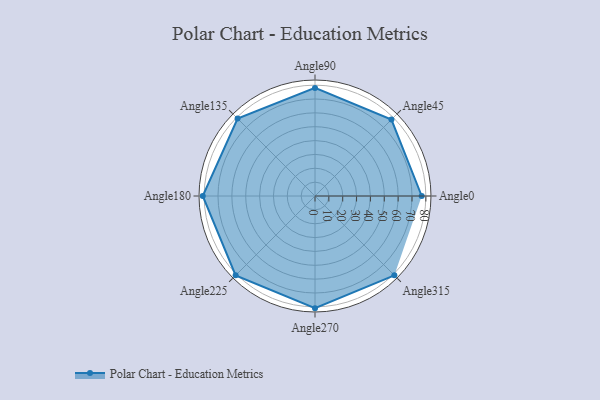
{"axis": {"x": "Angle", "y": "Radius"}, "legend": [""], "data": [{"x": "Angle0", "y": 77.0, "type": ""}, {"x": "Angle45", "y": 78.0, "type": ""}, {"x": "Angle90", "y": 78.0, "type": ""}, {"x": "Angle135", "y": 79.0, "type": ""}, {"x": "Angle180", "y": 81.0, "type": ""}, {"x": "Angle225", "y": 81.0, "type": ""}, {"x": "Angle270", "y": 81.0, "type": ""}, {"x": "Angle315", "y": 81.0, "type": ""}]}